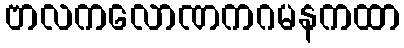
ဗာလကလောဏကဂမနကထာ